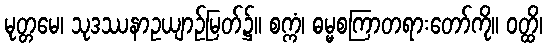
မုတ္တမေ၊ သုဒဿနာဥယျာဉ်မြတ်၌။ စက္ကံ၊ ဓမ္မစကြာတရားတော်ကို။ ဝတ္ထိ၊